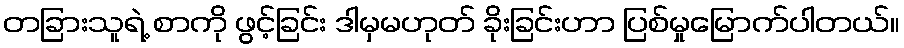
တခြားသူရဲ့ စာကို ဖွင့်ခြင်း ဒါမှမဟုတ် ခိုးခြင်းဟာ ပြစ်မှုမြောက်ပါတယ်။